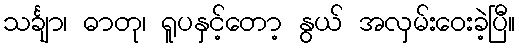
သင်္ချာ၊ ဓာတု၊ ရူပနှင့်တော့ နွယ် အလှမ်းဝေးခဲ့ပြီ။